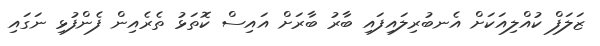
ޒަލަފް ކުއްލިއަކަށް އެނބުރިލައިފައި ބާރު ބާރަށް އައިސް ކޮތަޅު ތެރެއިން ފެންފުޅި ނަގައި